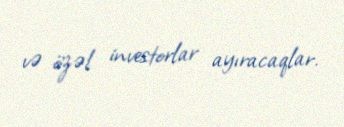
və özəl investorlar ayıracaqlar.